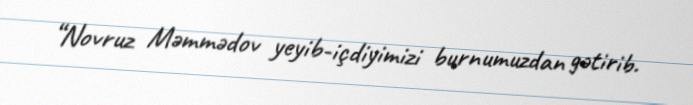
“Novruz Məmmədov yeyib-içdiyimizi burnumuzdan gətirib.